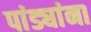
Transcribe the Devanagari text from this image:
पांड्यांना